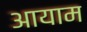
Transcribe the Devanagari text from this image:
अायाम